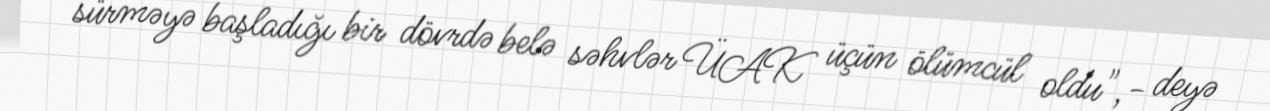
sürməyə başladığı bir dövrdə belə səhvlər ÜAK üçün ölümcül oldu",- deyə